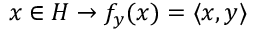
x \in H \to f _ { y } ( x ) = \langle x , y \rangle